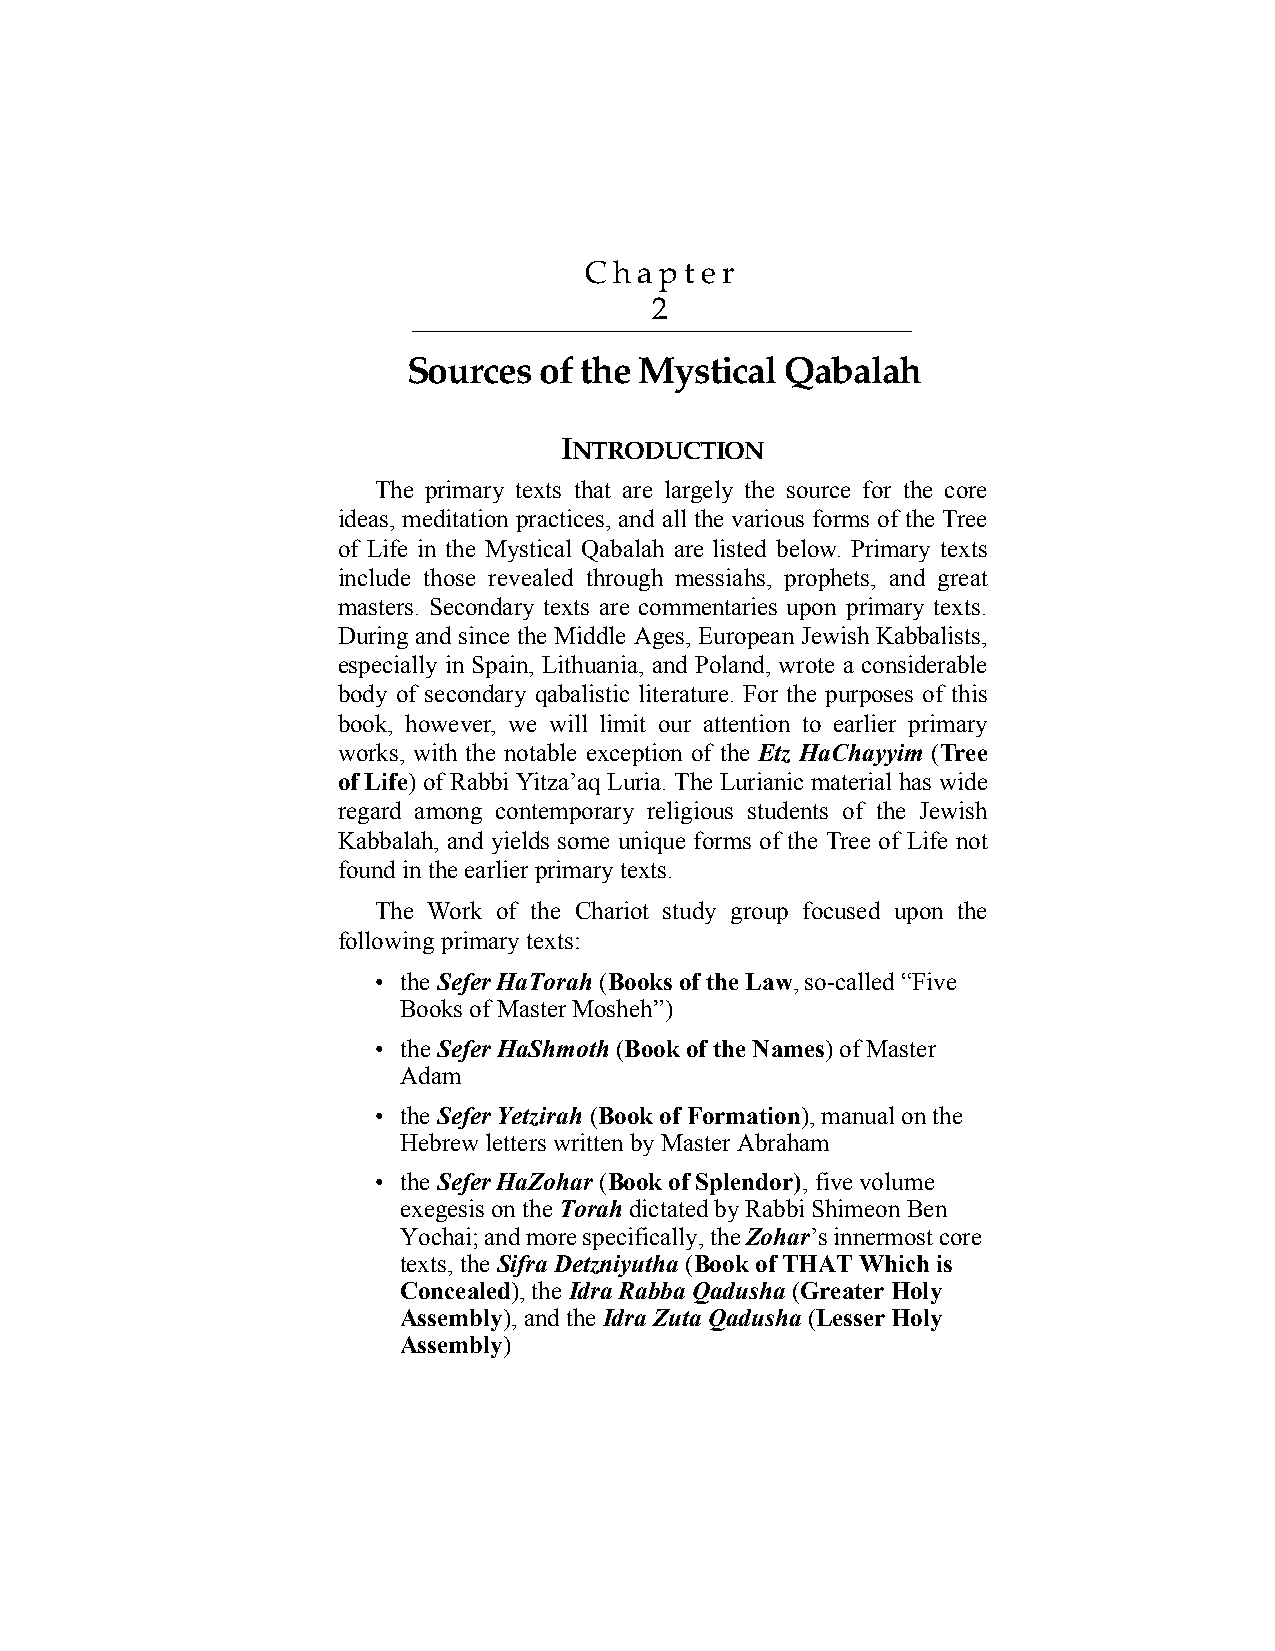
C ha p t e r
 2
 Sources  of the Mystical Qabalah
 Chapter2
 INTRODUCTION
 The primary texts that are largely the source for the core
 ideas, meditation practices, and all the various forms of the Tree
 of Life in the Mystical Qabalah are listed below. Primary texts
 include those revealed through messiahs, prophets, and great
 masters. Secondary texts are commentaries upon primary texts.
 During and since the Middle Ages, European Jewish Kabbalists,
 especially in Spain, Lithuania, and Poland, wrote a considerable
 body of secondary qabalistic literature. For the purposes of this
 book, however, we will limit our attention to earlier primary
 works, with the notable exception of the Etz HaChayyim (Tree
 of Life) of Rabbi Yitza’aq Luria. The Lurianic material has wide
 regard among contemporary religious students of the Jewish
 Kabbalah, and yields some unique forms of the Tree of Life not
 found in the earlier primary texts.
 The Work of the Chariot study group focused upon the
 following primary texts:
 • the Sefer HaTorah (Books of the Law, so-called “Five
 Books of Master Mosheh”)
 • the Sefer HaShmoth (Book of the Names) of Master
 Adam
 • the Sefer Yetzirah (Book of Formation), manual on the
 Hebrew letters written by Master Abraham
 • the Sefer HaZohar (Book of Splendor), five volume
 exegesis on the Torah dictated by Rabbi Shimeon Ben
 Yochai; and more specifically, the Zohar’s innermost core
 texts, the Sifra Detzniyutha (Book of THAT Which is
 Concealed), the Idra Rabba Qadusha (Greater Holy
 Assembly), and the Idra Zuta Qadusha (Lesser Holy
 Assembly)